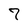
Character: 7